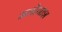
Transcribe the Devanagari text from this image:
मनोनाश